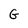
Character: G